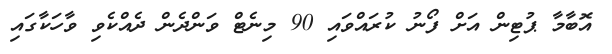
އޮބާމާ ޕުޓިން އަށް ފޯނު ކުރައްވައި 90 މިނެޓް ވަންދެން ދެއްކެވި ވާހަކާގައި